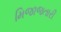
મિજાજતારી